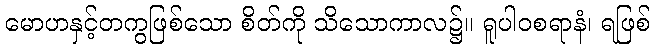
မောဟနှင့်တကွဖြစ်သော စိတ်ကို သိသောကာလ၌။ ရူပါဝစရာနံ၊ ရဖြစ်